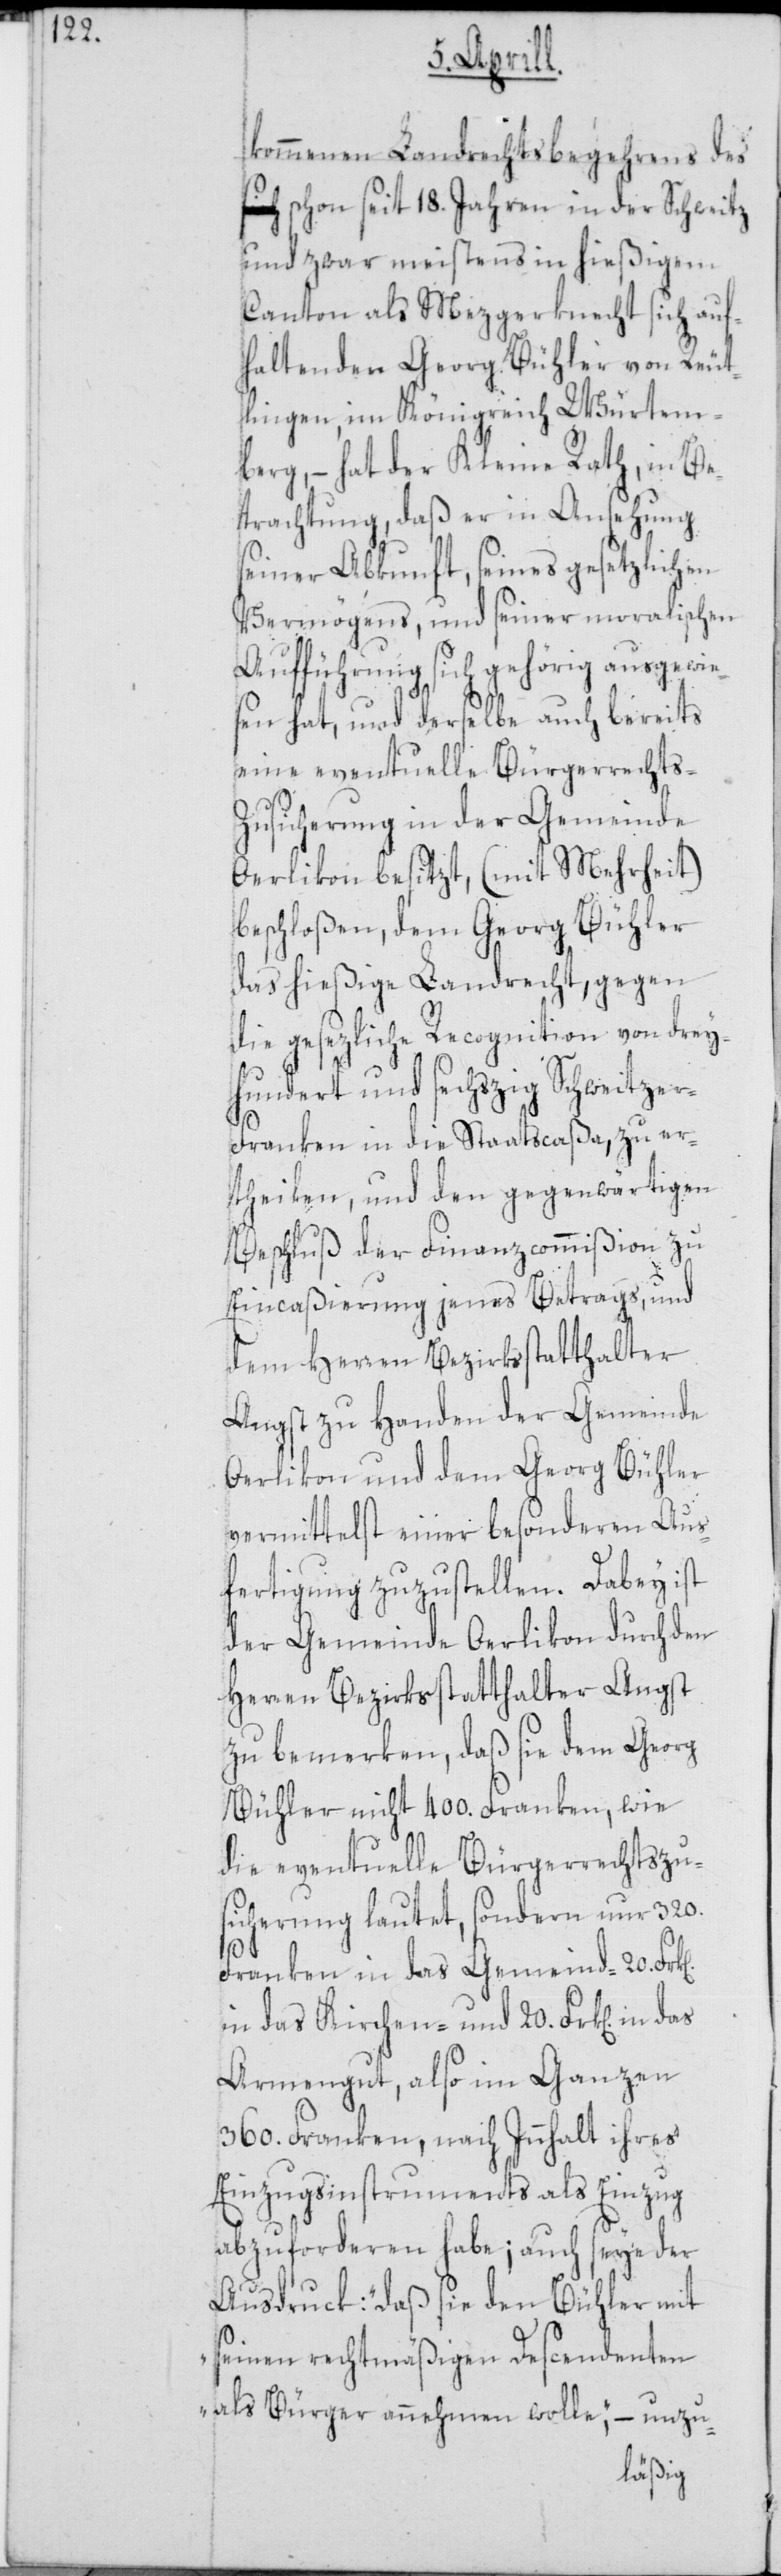
kommenen Landrechtsbegehrens des
schon seit 18. Jahren in der Schweitz
und zwar meistens in hießigem
Canton als Mezgerknecht sich auf¬
haltenden Georg Bühler von Reut¬
lingen, im Königreich Würtem¬
berg, – hat der Kleine Rath, in Be¬
trachtung daß er in Ansehung
seiner Abkunft, seines gesetzlichen
Vermögens, und seiner moralischen
Aufführung sich gehörig ausgewie¬
sen hat, und derselbe auch bereits
eine eventuelle Bürgerrechts-Z¬
usicherung in der Gemeinde
Oerlikon besizt, (mit Mehrheit)
beschloßen, dem Georg Bühler
das hießige Landrecht, gegen
die gesetzliche Recognition von drey¬
hundert und sechszig Schweitze¬
r-Franken in die Staatscaßa, zu er¬
theilen, und den gegenwärtigen
Beschluß der Finanzcommißion zu
Eincaßierung jenes Betrags, und
dem Herren Bezirksstatthalter
Angst zu Handen der Gemeinde
Oerlikon und dem Georg Bühler
vermittelst einer besonderen Aus¬
fertigung zuzustellen. Dabey ist
der Gemeinde Oerlikon durch den
Herren Besirksstatthalter Angst
zu bemerken, daß sie dem Georg
Bühler nicht 400. Franken, wie
die eventuelle Bürgerrechtszu¬
sicherung lautet, sondern nur 320.
Franken in das Gemeind-[,] 20.
in das Kirchen- und 20. Frk[en]. in
Armengut, also im Ganzen
360. Franken, nach Innhalt ihres
Einzugsinstruments als Einzug
abzuforderen habe; auch seye der
Ausdruck: „daß sie den Bühler mit
seinen rechtmäßigen Descendenten
als Bürger annehmen wolle“, – unzu-